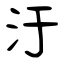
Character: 汙